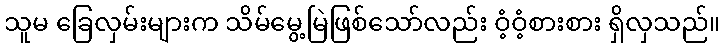
သူမ ခြေလှမ်းများက သိမ်မွေ့မြဲဖြစ်သော်လည်း ဝံ့ဝံ့စားစား ရှိလှသည်။